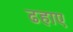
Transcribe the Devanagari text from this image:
ढहाए